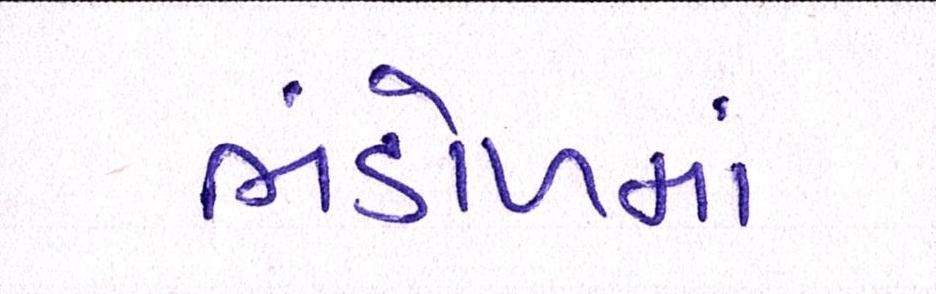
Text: ભંડોળમાં